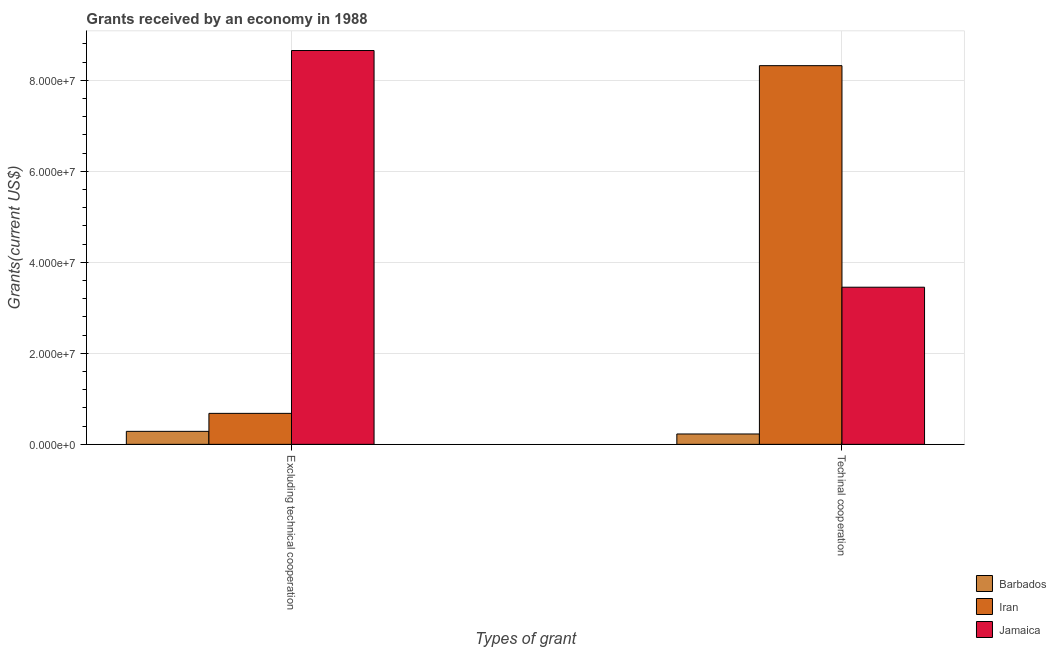
| Types of grant | Barbados | Iran | Jamaica |
 | --- | --- | --- | --- |
 | Excluding technical cooperation | 2.86e+06 | 6.81e+06 | 8.66e+07 |
 | Techinal cooperation | 2.28e+06 | 8.32e+07 | 3.45e+07 |